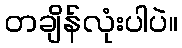
တချိန်လုံးပါပဲ။